Source: Handwritten
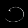
Digit: ၁ (1)